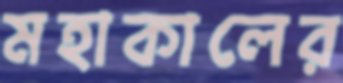
মহাকালের